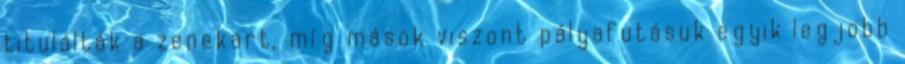
titulálták a zenekart, míg mások viszont pályafutásuk egyik legjobb